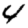
Digit: 4